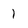
Character: l